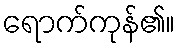
ရောက်ကုန်၏။